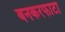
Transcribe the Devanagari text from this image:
बनकरफाटा